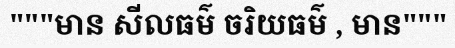
"""មាន សីលធម៌ ចរិយធម៌ , មាន"""